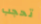
تحجب